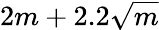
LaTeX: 2m+2.2{\sqrt{m}}